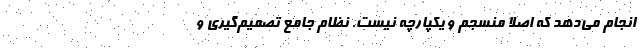
انجام می‌دهد که اصلاً منسجم و یکپارچه نیست. نظام جامع تصمیم‌گیری و